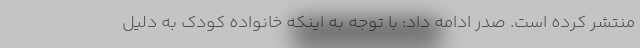
منتشر کرده است. صدر ادامه داد: با توجه به اینکه خانواده کودک به دلیل